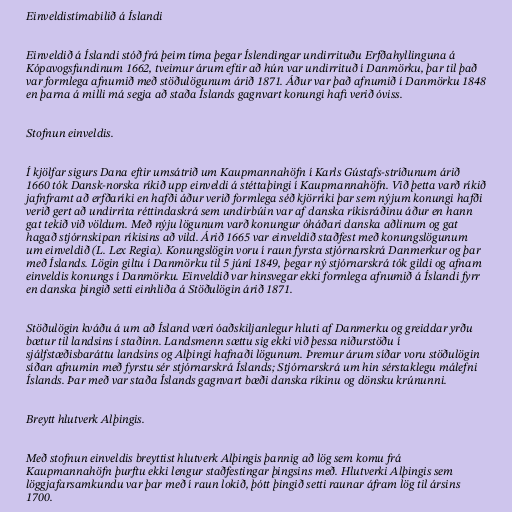
Einveldistímabilið á Íslandi

Einveldið á Íslandi stóð frá þeim tíma þegar Íslendingar undirrituðu Erfðahyllinguna á
Kópavogsfundinum 1662, tveimur árum eftir að hún var undirrituð í Danmörku, þar til það
var formlega afnumið með stöðulögunum árið 1871. Áður var það afnumið í Danmörku 1848
en þarna á milli má segja að staða Íslands gagnvart konungi hafi verið óviss.

Stofnun einveldis.

Í kjölfar sigurs Dana eftir umsátrið um Kaupmannahöfn í Karls Gústafs-stríðunum árið
1660 tók Dansk-norska ríkið upp einveldi á stéttaþingi í Kaupmannahöfn. Við þetta varð ríkið
jafnframt að erfðaríki en hafði áður verið formlega séð kjörríki þar sem nýjum konungi hafði
verið gert að undirrita réttindaskrá sem undirbúin var af danska ríkisráðinu áður en hann
gat tekið við völdum. Með nýju lögunum varð konungur óháðari danska aðlinum og gat
hagað stjórnskipan ríkisins að vild. Árið 1665 var einveldið staðfest með konungslögunum
um einveldið (L. Lex Regia). Konungslögin voru í raun fyrsta stjórnarskrá Danmerkur og þar
með Íslands. Lögin giltu í Danmörku til 5 júní 1849, þegar ný stjórnarskrá tók gildi og afnam
einveldis konungs í Danmörku. Einveldið var hinsvegar ekki formlega afnumið á Íslandi fyrr
en danska þingið setti einhliða á Stöðulögin árið 1871.

Stöðulögin kváðu á um að Ísland væri óaðskiljanlegur hluti af Danmerku og greiddar yrðu
bætur til landsins í staðinn. Landsmenn sættu sig ekki við þessa niðurstöðu í
sjálfstæðisbaráttu landsins og Alþingi hafnaði lögunum. Þremur árum síðar voru stöðulögin
síðan afnumin með fyrstu sér stjórnarskrá Íslands; Stjórnarskrá um hin sérstaklegu málefni
Íslands. Þar með var staða Íslands gagnvart bæði danska ríkinu og dönsku krúnunni.

Breytt hlutverk Alþingis.

Með stofnun einveldis breyttist hlutverk Alþingis þannig að lög sem komu frá
Kaupmannahöfn þurftu ekki lengur staðfestingar þingsins með. Hlutverki Alþingis sem
löggjafarsamkundu var þar með í raun lokið, þótt þingið setti raunar áfram lög til ársins
1700.